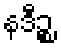
နဒီဉ္စ